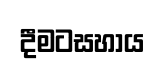
දීමටසහාය